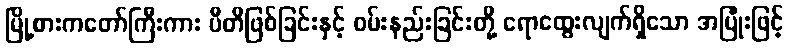
မြို့စားကတော်ကြီးကား ပီတိဖြစ်ခြင်းနှင့် ဝမ်းနည်းခြင်းတို့ ရောထွေးလျက်ရှိသော အပြုံးဖြင့်